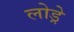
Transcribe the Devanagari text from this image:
लोड्रे